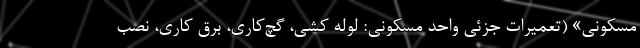
مسکونی» (تعمیرات جزئی واحد مسکونی: لوله کشی، گچ‌کاری، برق کاری، نصب